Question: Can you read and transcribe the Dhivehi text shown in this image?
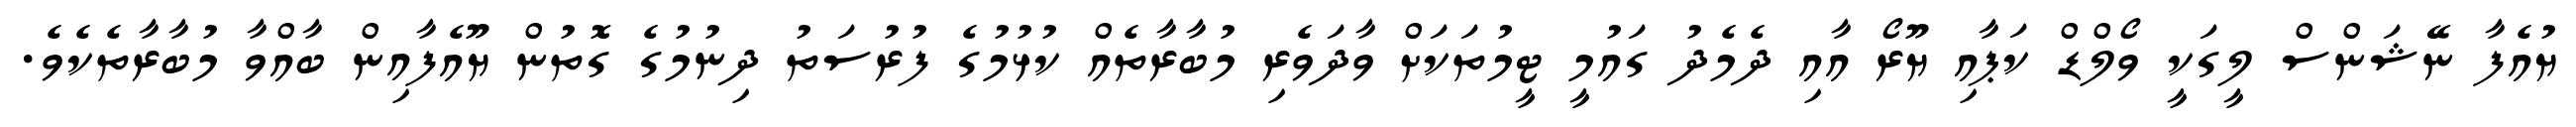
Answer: ޔުއެފާ ނޭޝަންސް ލީގަކީ ވޯލްޑް ކަޕާއި ޔޫރޯ އާއި ދެމެދު ގައުމީ ޓީމުތަކަށް ވާދަވެރި މުބާރާތެއް ކުޅުމުގެ ފުރުސަތު ދިނުމުގެ ގޮތުން ޔޫއެފާއިން ބާއްވާ މުބާރާތެކެވެ.